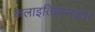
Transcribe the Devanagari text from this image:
कलाइतिहासकार